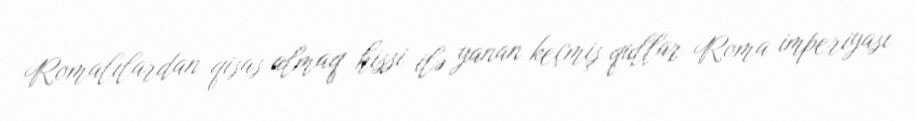
Romalılardan qisas almaq hissi ilə yanan keçmiş qullar Roma imperiyası